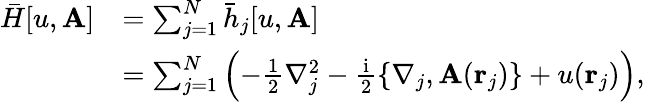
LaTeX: \begin{array}{rl}{\bar{H}[u,\mathbf{A}]}&{=\sum_{j=1}^{N}\bar{h}_{j}[u,\mathbf{A}]}\\ &{=\sum_{j=1}^{N}\left(-\frac{1}{2}\nabla_{j}^{2}-\frac{\mathrm{i}}{2}\{ \nabla_{j},\mathbf{A}(\mathbf{r}_{j})\} +u(\mathbf{r}_{j})\right),}\end{array}